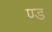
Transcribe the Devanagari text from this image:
ण्ड